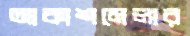
আকাশমেলার